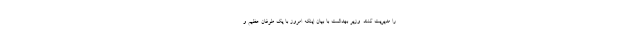
را مدیریت کنند. وزیر بهداشت با بیان اینکه امروز با یک طوفان عظیم و